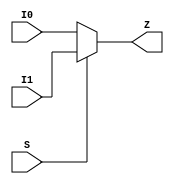
// SPDX-License-Identifier: Apache-2.0
// Copyright (C) 2019 Intel Corporation. 
module c3aibadapt_cmn_clkmux2_cell
(
        output  wire    Z,
        input   wire    I0,
        input   wire    I1,
        input   wire    S
);

      assign Z = S ? I1 : I0;

endmodule // c3aibadapt_cmn_clkmux2_cell